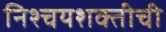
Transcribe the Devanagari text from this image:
निश्चयशक्तीची